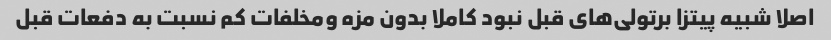
اصلا شبیه پیتزا برتولی‌های قبل نبود کاملا بدون مزه ومخلفات کم نسبت به دفعات قبل